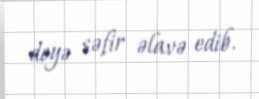
deyə səfir əlavə edib.